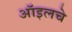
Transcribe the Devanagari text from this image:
ऑइलचे